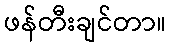
ဖန်တီးချင်တာ။